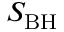
S _ { \mathrm { B H } }